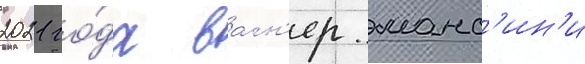
2021 го́да вагн'ер манс'ин'и